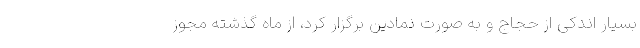
بسیار اندکی از حجاج و به صورت نمادین برگزار کرد، از ماه گذشته مجوز